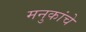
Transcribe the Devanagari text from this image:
मनुकांचे